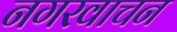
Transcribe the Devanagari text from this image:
नगरवाचन